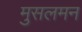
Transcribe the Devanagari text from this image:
मुसलमन